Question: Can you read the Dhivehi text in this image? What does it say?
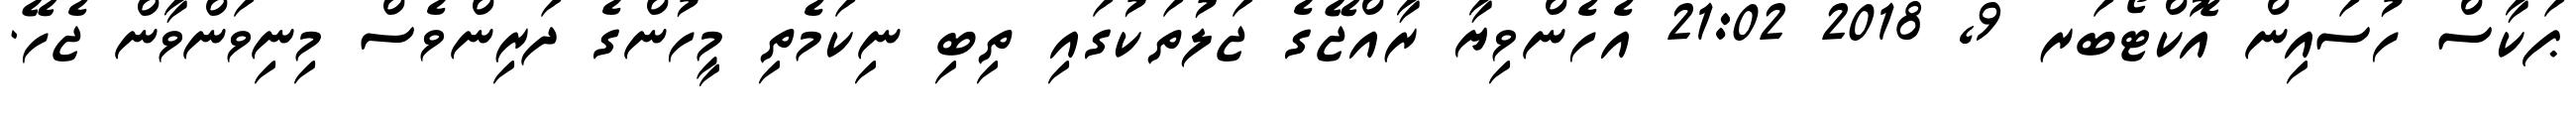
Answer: ޕަކާސް ހުސައިން އޮކްޓޯބަރ 9, 2018 21:02 އެހެންވިޔާ ރާއްޖޭގެ ޖަލުތަކުގައި ތިބި ނިކަމެތި މީހުންގެ ދަރިންވެސް މިނިވަންވާން ޖެހޭ.